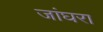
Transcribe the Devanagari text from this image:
जांघरा